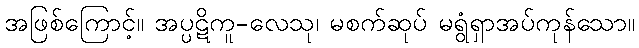
အဖြစ်ကြောင့်။ အပ္ပဋိကူ-လေသု၊ မစက်ဆုပ် မရွံရှာအပ်ကုန်သော။